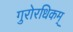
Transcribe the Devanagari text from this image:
गुरोरधिकम्